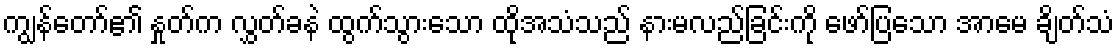
ကျွန်တော်၏ နှုတ်က လွှတ်ခနဲ ထွက်သွားသော ထိုအသံသည် နားမလည်ခြင်းကို ဖော်ပြသော အာမေ ချိတ်သံ